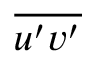
\overline { { { u ^ { \prime } v ^ { \prime } } } }